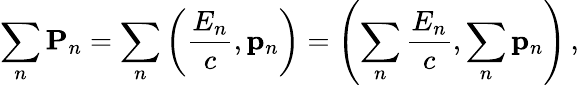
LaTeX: \sum_{n}\mathbf{P}_{n}=\sum_{n}\left({\frac{E_{n}}{c}},\mathbf{p}_{n}\right)=\left(\sum_{n}{\frac{E_{n}}{c}},\sum_{n}\mathbf{p}_{n}\right)\, ,